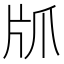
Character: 𰠙